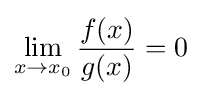
\lim _{x\to x_{0}}{\frac {f(x)}{g(x)}}=0